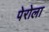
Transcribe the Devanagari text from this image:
पेरोला